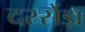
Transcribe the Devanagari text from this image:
दरसेंड़ा